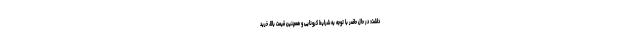
داشت: در حال حاضر با توجه به شرایط کرونایی و همچنین قیمت بالا، خرید